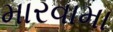
મારવામા